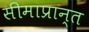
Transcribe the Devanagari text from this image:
सीमाप्रान्त